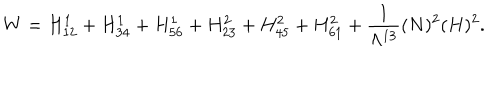
W = H _ { 1 2 } ^ { 1 } + H _ { 3 4 } ^ { 1 } + H _ { 5 6 } ^ { 1 } + H _ { 2 3 } ^ { 2 } + H _ { 4 5 } ^ { 2 } + H _ { 6 1 } ^ { 2 } + \frac { 1 } { \Lambda ^ { 1 3 } } ( N ) ^ { 2 } ( H ) ^ { 2 } .